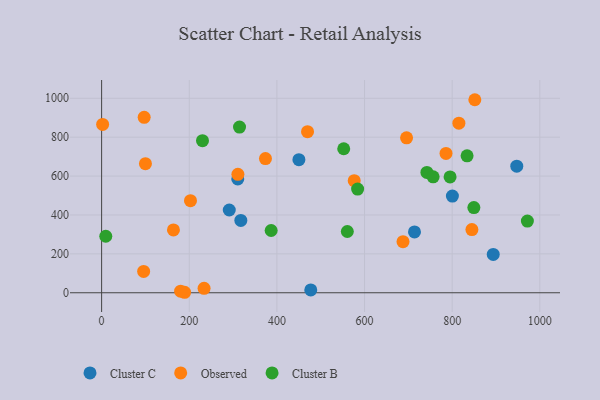
{"axis": {"x": "Study Hours", "y": "Rating"}, "legend": ["Cluster B", "Cluster C", "Observed"], "data": [{"x": "310.7", "y": 585.3, "type": "Cluster C"}, {"x": "317.7", "y": 371.9, "type": "Cluster C"}, {"x": "291.3", "y": 425.5, "type": "Cluster C"}, {"x": "450.2", "y": 684.2, "type": "Cluster C"}, {"x": "800.5", "y": 497.1, "type": "Cluster C"}, {"x": "477.3", "y": 14.8, "type": "Cluster C"}, {"x": "893.7", "y": 197.0, "type": "Cluster C"}, {"x": "714.0", "y": 312.6, "type": "Cluster C"}, {"x": "947.4", "y": 651.1, "type": "Cluster C"}, {"x": "97.1", "y": 902.2, "type": "Observed"}, {"x": "815.3", "y": 872.1, "type": "Observed"}, {"x": "785.9", "y": 716.4, "type": "Observed"}, {"x": "163.9", "y": 322.9, "type": "Observed"}, {"x": "189.4", "y": 2.5, "type": "Observed"}, {"x": "311.0", "y": 609.0, "type": "Observed"}, {"x": "373.9", "y": 690.2, "type": "Observed"}, {"x": "845.0", "y": 324.8, "type": "Observed"}, {"x": "851.7", "y": 992.6, "type": "Observed"}, {"x": "233.8", "y": 22.6, "type": "Observed"}, {"x": "469.9", "y": 828.3, "type": "Observed"}, {"x": "180.3", "y": 8.2, "type": "Observed"}, {"x": "95.9", "y": 109.5, "type": "Observed"}, {"x": "202.8", "y": 473.3, "type": "Observed"}, {"x": "100.0", "y": 663.7, "type": "Observed"}, {"x": "576.4", "y": 576.3, "type": "Observed"}, {"x": "2.3", "y": 865.5, "type": "Observed"}, {"x": "687.8", "y": 262.7, "type": "Observed"}, {"x": "695.9", "y": 796.8, "type": "Observed"}, {"x": "386.9", "y": 320.1, "type": "Cluster B"}, {"x": "742.3", "y": 618.9, "type": "Cluster B"}, {"x": "756.5", "y": 596.4, "type": "Cluster B"}, {"x": "834.0", "y": 704.1, "type": "Cluster B"}, {"x": "9.5", "y": 290.7, "type": "Cluster B"}, {"x": "971.6", "y": 368.6, "type": "Cluster B"}, {"x": "849.5", "y": 438.0, "type": "Cluster B"}, {"x": "314.7", "y": 851.9, "type": "Cluster B"}, {"x": "584.2", "y": 533.0, "type": "Cluster B"}, {"x": "230.2", "y": 781.8, "type": "Cluster B"}, {"x": "552.5", "y": 740.6, "type": "Cluster B"}, {"x": "560.7", "y": 315.1, "type": "Cluster B"}, {"x": "795.2", "y": 595.5, "type": "Cluster B"}]}